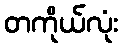
တကိုယ်လုံး